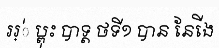
ររ្់ ប្ពុះ បាទ្ត ថទី១ បាន នែើង